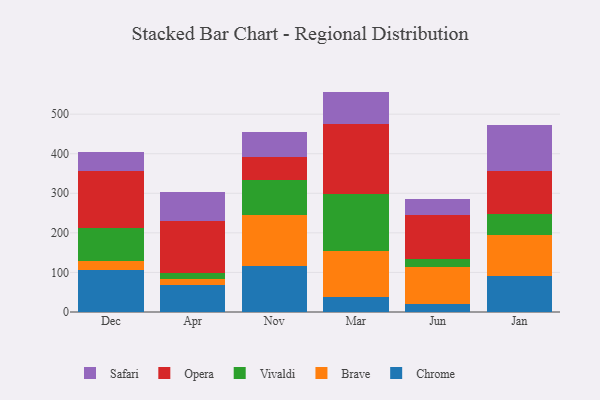
{"axis": {"x": "Month", "y": "Revenue (USD Million)"}, "legend": ["Brave", "Chrome", "Opera", "Safari", "Vivaldi"], "data": [{"x": "Dec", "y": 106.5, "type": "Chrome"}, {"x": "Dec", "y": 23.2, "type": "Brave"}, {"x": "Dec", "y": 83.5, "type": "Vivaldi"}, {"x": "Dec", "y": 143.3, "type": "Opera"}, {"x": "Dec", "y": 48.9, "type": "Safari"}, {"x": "Apr", "y": 69.3, "type": "Chrome"}, {"x": "Apr", "y": 14.7, "type": "Brave"}, {"x": "Apr", "y": 14.1, "type": "Vivaldi"}, {"x": "Apr", "y": 130.7, "type": "Opera"}, {"x": "Apr", "y": 74.6, "type": "Safari"}, {"x": "Nov", "y": 116.4, "type": "Chrome"}, {"x": "Nov", "y": 129.2, "type": "Brave"}, {"x": "Nov", "y": 87.5, "type": "Vivaldi"}, {"x": "Nov", "y": 58.1, "type": "Opera"}, {"x": "Nov", "y": 62.8, "type": "Safari"}, {"x": "Mar", "y": 38.4, "type": "Chrome"}, {"x": "Mar", "y": 115.1, "type": "Brave"}, {"x": "Mar", "y": 144.9, "type": "Vivaldi"}, {"x": "Mar", "y": 177.4, "type": "Opera"}, {"x": "Mar", "y": 81.2, "type": "Safari"}, {"x": "Jun", "y": 19.0, "type": "Chrome"}, {"x": "Jun", "y": 95.4, "type": "Brave"}, {"x": "Jun", "y": 19.2, "type": "Vivaldi"}, {"x": "Jun", "y": 110.6, "type": "Opera"}, {"x": "Jun", "y": 40.3, "type": "Safari"}, {"x": "Jan", "y": 90.7, "type": "Chrome"}, {"x": "Jan", "y": 104.9, "type": "Brave"}, {"x": "Jan", "y": 52.6, "type": "Vivaldi"}, {"x": "Jan", "y": 107.2, "type": "Opera"}, {"x": "Jan", "y": 118.1, "type": "Safari"}]}